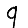
Digit: 9